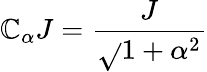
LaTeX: \mathbb{C}_{\alpha}J=\frac{{J}}{{\sqrt{}{{1+\alpha^{2}}}}}